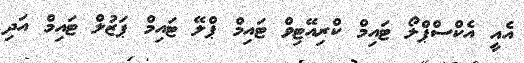
އެއީ އެކްސްޕްލޯ ޓައިމް ކްރިއޭޓިވް ޓައިމް ޕްލޭ ޓައިމް ޕަޒުލް ޓައިމް އަދި